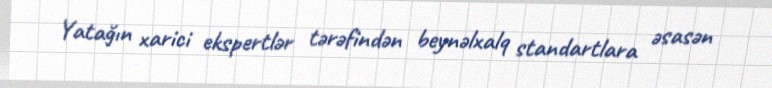
Yatağın xarici ekspertlər tərəfindən beynəlxalq standartlara əsasən